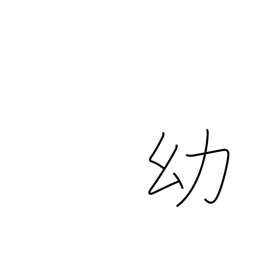
Meaning: childhood